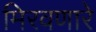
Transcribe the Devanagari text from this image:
मिरवणारे